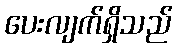
ပေးလျက်ရှိသည်